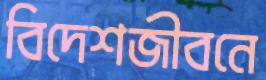
বিদেশজীবনে